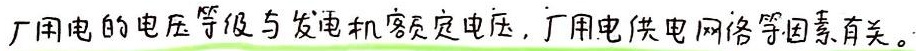
厂用电的电压等级与发电机额定电压,厂用电供电网络等因素有关。